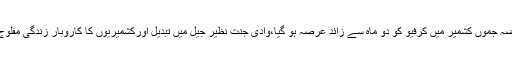
مقبوضہ جموں کشمیر میں کرفیو کو دو ماہ سے زائد عرصہ ہو گیا،وادی جنت نظیر جیل میں تبدیل اورکشمیریوں کا کاروبار زندگی مفلوج ہے۔